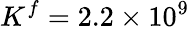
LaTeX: K^{f}=2.2\times 10^{9}